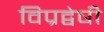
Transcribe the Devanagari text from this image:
विप्रद्वेषी